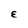
Character: E